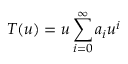
T ( u ) = u \sum _ { i = 0 } ^ { \infty } a _ { i } u ^ { i }